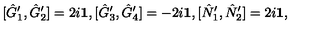
[ \hat { G } _ { 1 } ^ { \prime } , \hat { G } _ { 2 } ^ { \prime } ] = 2 i { \bf 1 } , [ \hat { G } _ { 3 } ^ { \prime } , \hat { G } _ { 4 } ^ { \prime } ] = - 2 i { \bf 1 } , [ \hat { N } _ { 1 } ^ { \prime } , \hat { N } _ { 2 } ^ { \prime } ] = 2 i { \bf 1 } ,